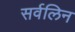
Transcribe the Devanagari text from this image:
सर्वलिन